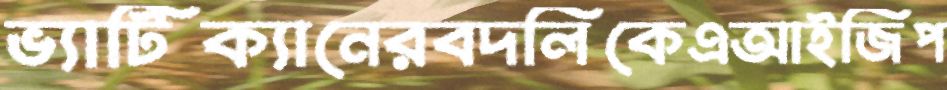
ভ্যাটিক্যানেরবদলিকেএআইজিপ